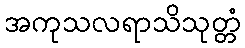
အကုသလရာသိသုတ္တံ